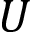
U